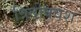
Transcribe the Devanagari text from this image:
त्रिदोषवश